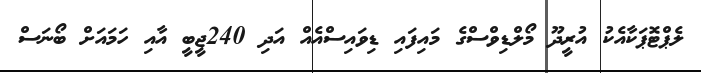
ލެޕްޓޮޕަކާއެކު އުރީދޫ މޯލްޑިވްސްގެ މައިފައި ޑިވައިސްއެއް އަދި 240ޖީބީ އާއި ހަމައަށް ބޯނަސް